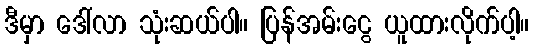
ဒီမှာ ဒေါ်လာ သုံးဆယ်ပါ။ ပြန်အမ်းငွေ ယူထားလိုက်ပါ့။